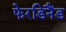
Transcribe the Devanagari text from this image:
फेरडिनैंड